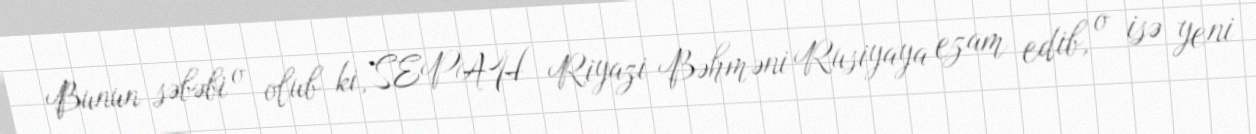
Bunun səbəbi o olub ki, SEPAH Riyazi Bəhməni Rusiyaya ezam edib, o isə yeni